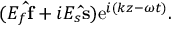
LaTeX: ( E _ { f } \mathbf { \hat { f } } + i E _ { s } \mathbf { \hat { s } } ) \mathrm { e } ^ { i ( k z - \omega t ) } .